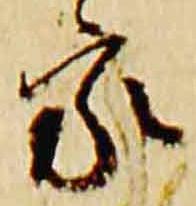
家